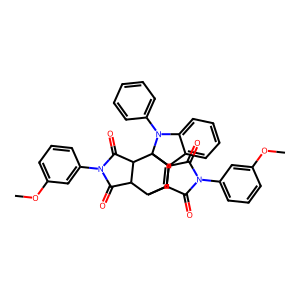
SMILES: COc1cccc(N2C(=O)C3C4C=C5c6ccccc6N(c6ccccc6)C5(C3C2=O)C2C(=O)N(c3cccc(OC)c3)C(=O)C42)c1
Inhibits HIV replication: No